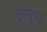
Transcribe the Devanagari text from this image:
टुलूस